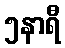
၅နာရီ